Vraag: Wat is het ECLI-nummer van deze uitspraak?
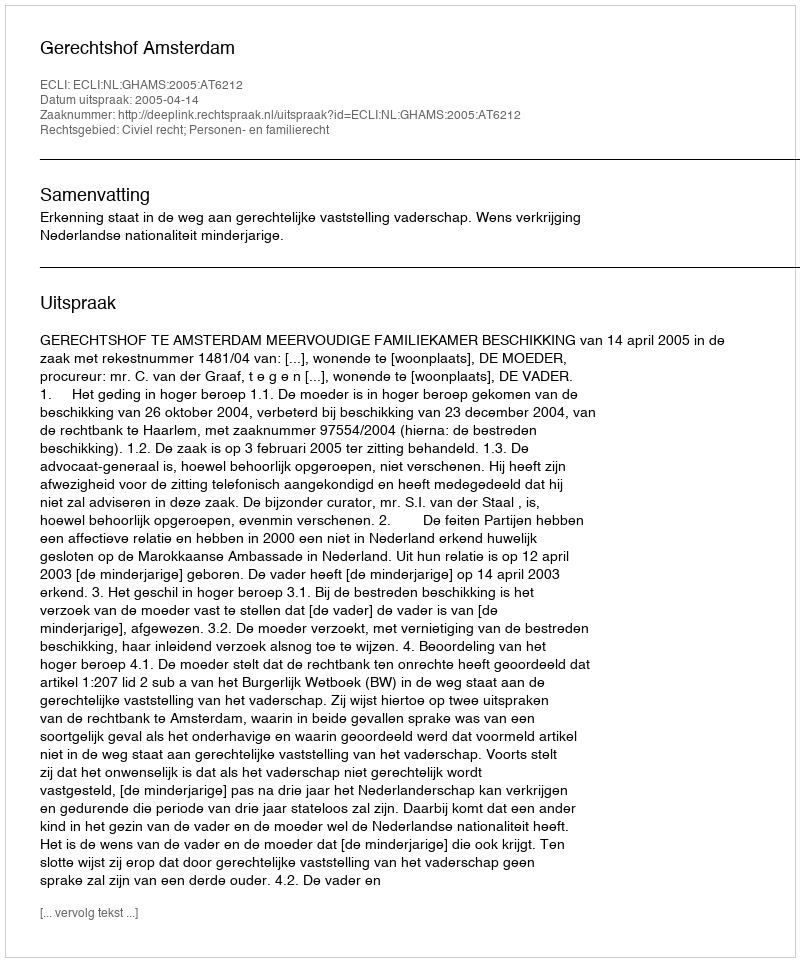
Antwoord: ECLI:NL:GHAMS:2005:AT6212